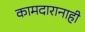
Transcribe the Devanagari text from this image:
कामदारानाही